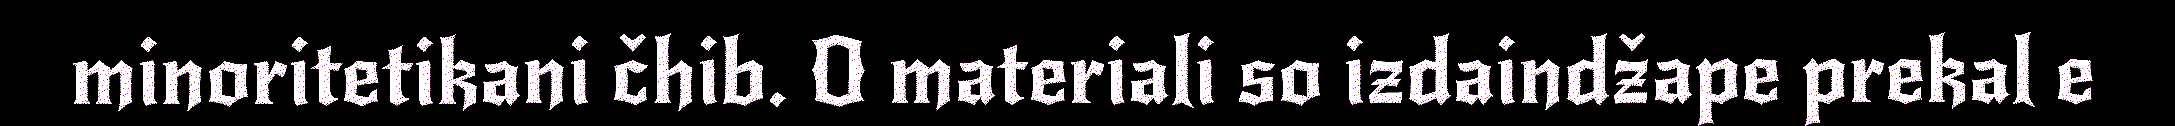
minoritetikani čhib. O materiali so izdaindžape prekal e